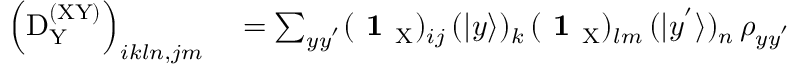
\begin{array} { r l } { \left( \mathrm { D } _ { \mathrm Y } ^ { \mathrm { ( X Y ) } } \right) _ { i k l n , j m } } & { { } = \sum _ { y y ^ { ' } } ( \textbf { 1 } _ { \mathrm { X } } ) _ { i j } \, ( | y \rangle ) _ { k } \, ( \textbf { 1 } _ { \mathrm { X } } ) _ { l m } \, ( | y ^ { ' } \rangle ) _ { n } \, \rho _ { y y ^ { ' } } } \end{array}